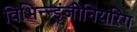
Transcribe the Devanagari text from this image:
विभिन्‍न्‍इंजीनियरिंग